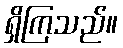
ရှိကြသည်။